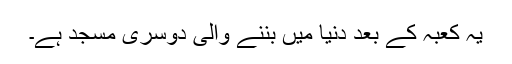
یہ کعبہ کے بعد دُنیا میں بننے والی دوسری مسجد ہے۔